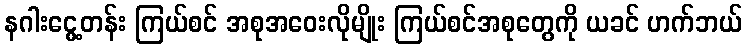
နဂါးငွေ့တန်း ကြယ်စင် အစုအဝေးလိုမျိုး ကြယ်စင်အစုတွေကို ယခင် ဟက်ဘယ်